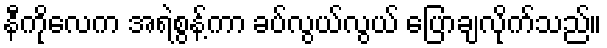
နီကိုလေက အရဲစွန့်ကာ ခပ်လွယ်လွယ် ပြောချလိုက်သည်။